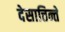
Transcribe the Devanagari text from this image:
देसात्तिन्ते